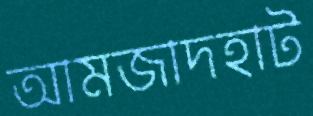
আমজাদহাট